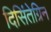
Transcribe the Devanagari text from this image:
दिसिंतेग्रिन